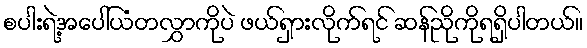
စပါးရဲ့အပေါ်ယံတလွှာကိုပဲ ဖယ်ရှားလိုက်ရင် ဆန်ညိုကိုရရှိပါတယ်။